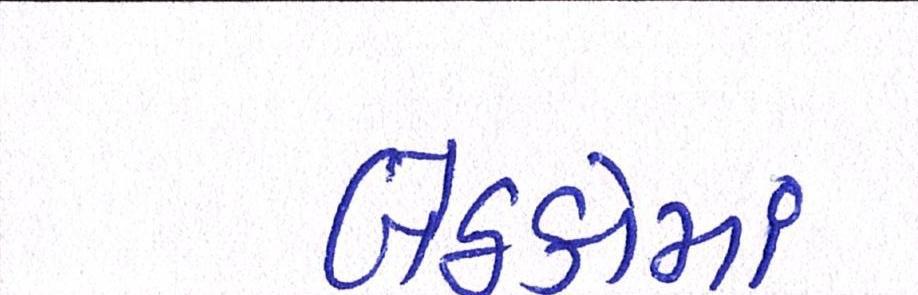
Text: બેઠકોમાં